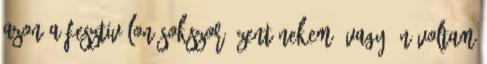
Azon a fesztiválon sokszor üzent nekem, vagy én voltam